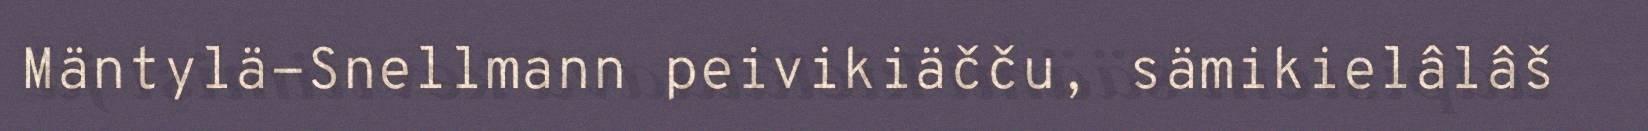
Mäntylä-Snellmann peivikiäčču, sämikielâlâš